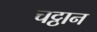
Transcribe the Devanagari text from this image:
चट्ठान